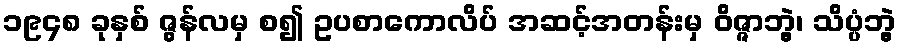
၁၉၄၈ ခုနှစ် ဇွန်လမှ စ၍ ဥပစာကောလိပ် အဆင့်အတန်းမှ ဝိဇ္ဇာဘွဲ့၊ သိပ္ပံဘွဲ့